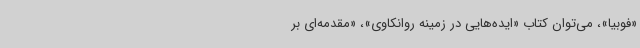
«فوبیا»، می‌توان کتاب «ایده‌هایی در زمینه روانکاوی»، «مقدمه‌ای بر